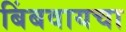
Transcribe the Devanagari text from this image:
बिंबवायचा